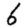
Digit: 6